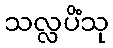
သလ္လပိံသု